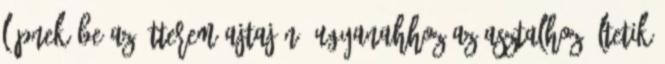
lépnek be az étterem ajtaján. Ugyanahhoz az asztalhoz ültetik